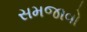
સમજાવો